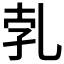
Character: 𠃱